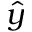
\hat { y }